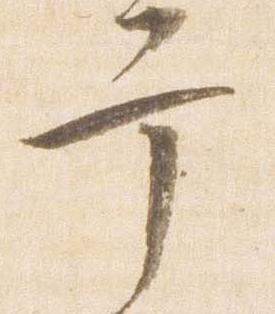
幸